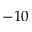
- 1 0